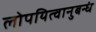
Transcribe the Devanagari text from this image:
लोपयित्वानुबन्धं